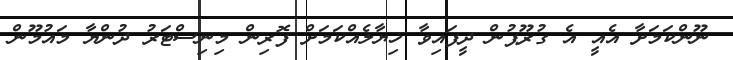
ނޫންކަމަށާ އެއީ އެ ގުރޫޕުން ދީފައިވާ ޚިޔާލެއްކަމަށް ފޮރިން މިނިސްޓަރު ދުންޔާ މައުމޫން